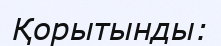
Қорытынды: